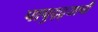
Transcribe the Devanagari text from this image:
पापुद्द्र्याची